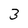
Character: 3